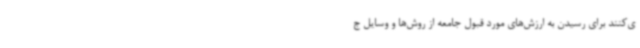
ی‌کنند برای رسیدن به ارزش‌های مورد قبول جامعه از روش‌ها و وسایل ج